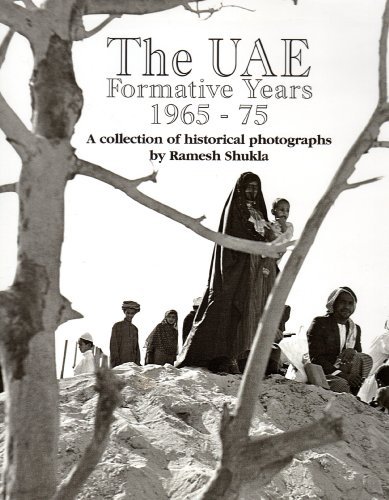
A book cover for UAE Formative Years 1965-75: A Collection of Historical Photographs (Arabia Heritage Pictorials); Ramesh Shukla; History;